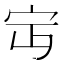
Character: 𡧍